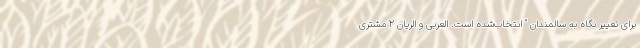
برای تغییر نگاه به سالمندان " انتخاب‌شده است. العربی و الریان 2 مشتری